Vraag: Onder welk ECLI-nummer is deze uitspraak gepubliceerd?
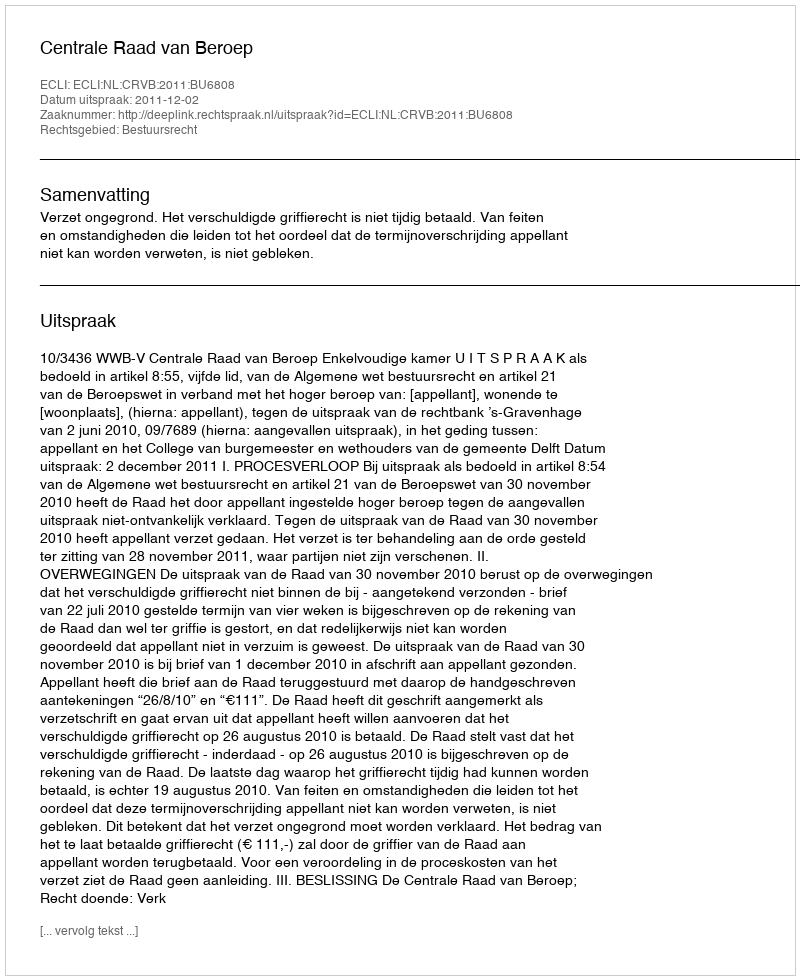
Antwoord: ECLI:NL:CRVB:2011:BU6808